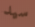
سيد